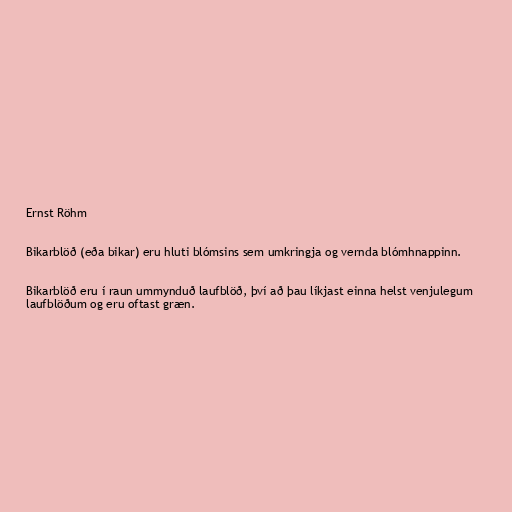
Ernst Röhm

Bikarblöð (eða bikar) eru hluti blómsins sem umkringja og vernda blómhnappinn.

Bikarblöð eru í raun ummynduð laufblöð, því að þau líkjast einna helst venjulegum
laufblöðum og eru oftast græn.